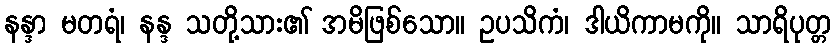
နန္ဒာ မတရံ၊ နန္ဒ သတို့သား၏ အမိဖြစ်သော။ ဥပသိကံ၊ ဒါယိကာမကို။ သာရိပုတ္တ